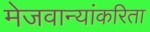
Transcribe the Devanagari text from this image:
मेजवान्यांकरिता